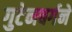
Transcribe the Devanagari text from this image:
गुटेनबर्गने